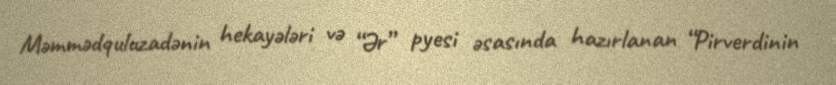
Məmmədquluzadənin hekayələri və “Ər” pyesi əsasında hazırlanan “Pirverdinin